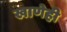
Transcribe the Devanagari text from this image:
खाणेही